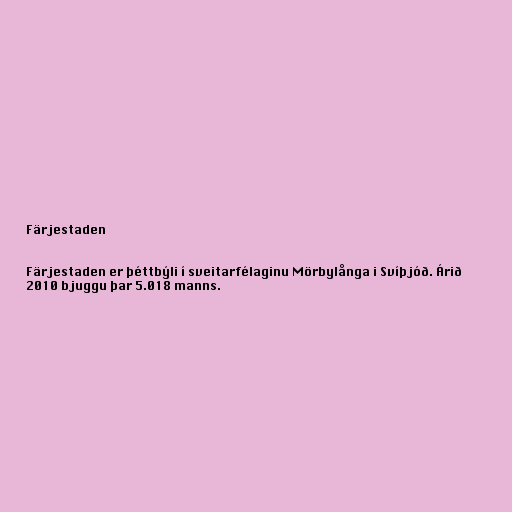
Färjestaden

Färjestaden er þéttbýli í sveitarfélaginu Mörbylånga i Svíþjóð. Árið
2010 bjuggu þar 5.018 manns.